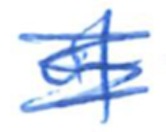
Text: of
Cross-out: scratch
Writing tool: ballpoint